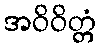
အဝိဝိတ္တံ